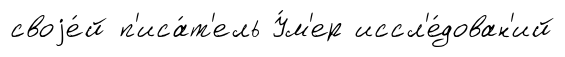
своjе́й п'иса́т'ель У́м'ер иссл'е́дован'ий